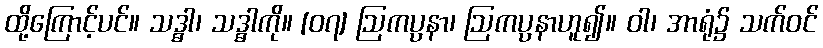
ထို့ကြောင့်ပင်။ သဒ္ဓါ၊ သဒ္ဓါကို။ [၀၇] ဩကပ္ပနာ၊ ဩကပ္ပနာဟူ၍။ ဝါ၊ အာရုံ၌ သက်ဝင်